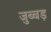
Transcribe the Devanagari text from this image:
जुब्बड़